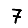
Digit: 7